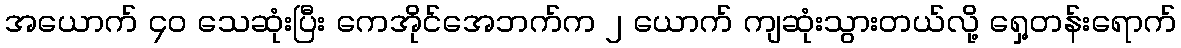
အယောက် ၄၀ သေဆုံးပြီး ကေအိုင်အေဘက်က ၂ ယောက် ကျဆုံးသွားတယ်လို့ ရှေ့တန်းရောက်